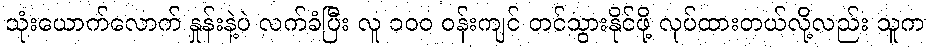
သုံးယောက်လောက် နှုန်းနဲ့ပဲ လက်ခံပြီး လူ ၁၀၀ ဝန်းကျင် တင်သွားနိုင်ဖို့ လုပ်ထားတယ်လို့လည်း သူက